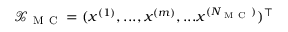
\boldsymbol { \mathcal { X } } _ { \mathrm { ~ M ~ C ~ } } = ( \boldsymbol { x } ^ { ( 1 ) } , . . . , \boldsymbol { x } ^ { ( m ) } , . . . \boldsymbol { x } ^ { ( N _ { \mathrm { ~ M ~ C ~ } } ) } ) ^ { \intercal }